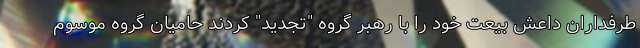
طرفداران داعش بیعت خود را با رهبر گروه "تجدید" کردند حامیان گروه موسوم